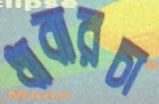
ধাবারচা